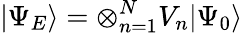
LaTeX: |\Psi_{E}\rangle=\otimes_{n=1}^{N}V_{n}|\Psi_{0}\rangle